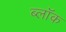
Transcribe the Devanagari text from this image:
ब्लाॅक